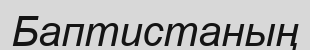
Баптистаның